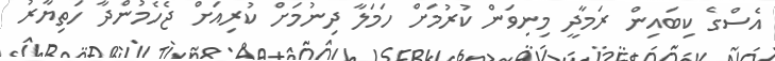
އެސްގެ ކިބައިން ރަމާދީ މިނިވަން ކުރުމަށް ހަމަލާ ދިނުމަށް ކުރިއަށް ޖެހެމުންދާ ހަތިޔާރު